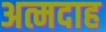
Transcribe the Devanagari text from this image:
अत्मदाह